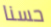
حسنا